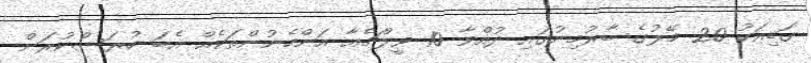
ގަޑިއަކު 20 މޭލުގެ ބާރުމިނުގައި ދުއްވާ 10 ވީލްޗެއާ އަންހެނުންތަކެއް އެބަ ހުރަސްކުރަން